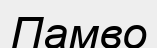
Памво